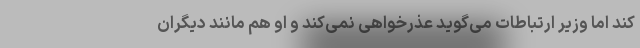
کند اما وزیر ارتباطات می‌گوید عذرخواهی نمی‌کند و او هم مانند دیگران